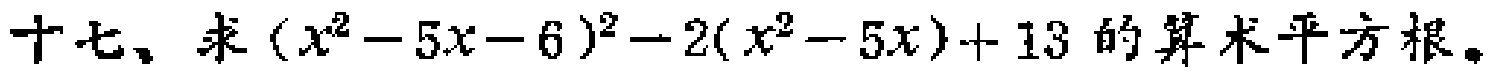
十七、求\((x^{2}-5x - 6)^{2}-2(x^{2}-5x)+13\)的算术平方根。